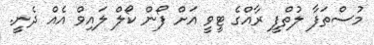
މުސްތަފާ ލުތްފީ ރާއްގެ ޓީވީ އަށް ފޯން ކޯލް ލައިވް އެއް ދެނީ.